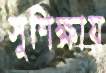
সুশিক্ষায়